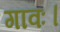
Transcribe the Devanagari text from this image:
गावः।